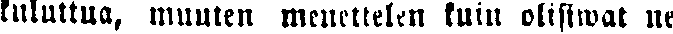
kuluttua, muuten menettelen kuin olisiwat ne